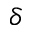
\delta